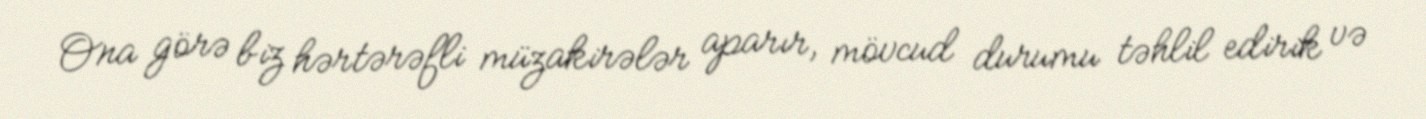
Ona görə biz hərtərəfli müzakirələr aparır, mövcud durumu təhlil edirik və